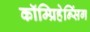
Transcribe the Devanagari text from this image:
कॉम्प्रिहेन्सिंग